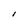
Character: l